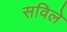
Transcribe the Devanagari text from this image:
सविले